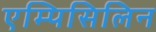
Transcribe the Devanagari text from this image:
एम्पिसिलिन